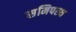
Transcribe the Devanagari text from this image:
समिपस्थ